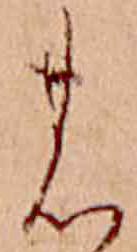
の